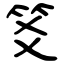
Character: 笅